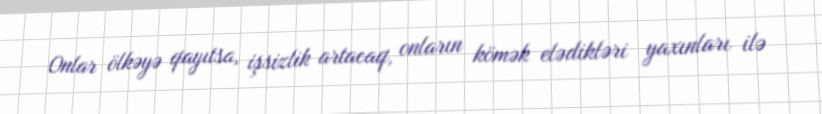
Onlar ölkəyə qayıtsa, işsizlik artacaq, onların kömək elədikləri yaxınları ilə